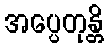
အပ္ပေတုန္တိ